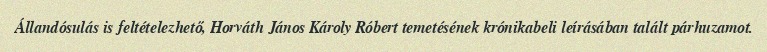
Állandósulás is feltételezhető, Horváth János Károly Róbert temetésének krónikabeli leírásában talált párhuzamot.